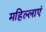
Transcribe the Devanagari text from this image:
महिल्लाएं